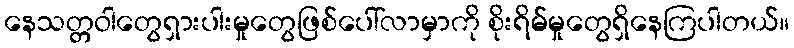
နေသတ္တဝါတွေရှားပါးမှုတွေဖြစ်ပေါ်လာမှာကို စိုးရိမ်မှုတွေရှိနေကြပါတယ်။